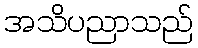
အသိပညာသည်